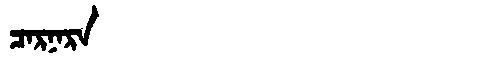
Manchu: ᠴᠠᡵᠨᠠᡵᠠ
Romanization: CARNARA